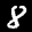
Label: 8